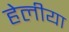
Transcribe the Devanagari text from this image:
हेलीया